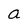
Character: a